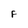
Character: F